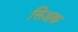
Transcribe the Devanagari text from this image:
सिअक